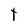
Character: t